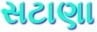
સટાણા